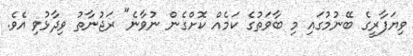
ވިޔަފާރީގެ ބޭނުމުގައި މި ބާވަތުގެ ކަމެއް ކޮށްގެން ނުވާނެ" ރަޖުނާތު ވިދާޅުވި އެވެ.